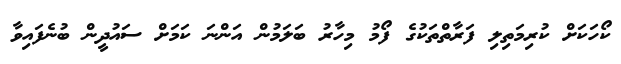
ކޯހަކަށް ކުރިމަތިލި ފަރާތްތަކުގެ ފޯމު މިހާރު ބަލަމުން އަންނަ ކަަމަށް ސައުދީން ބުނެފައިވާ